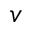
v